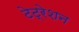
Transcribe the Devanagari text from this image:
टेट्रेशन